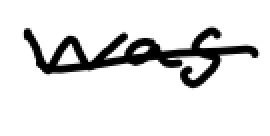
Text: was
Cross-out: single-line
Writing tool: digital_black